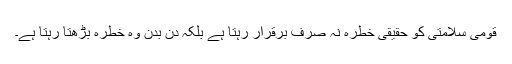
قومی سلامتی کو حقیقی خطرہ نہ صرف برقرار رہتا ہے بلکہ دن بدن وہ خطرہ بڑھتا رہتا ہے۔